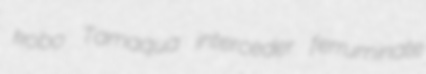
kobo Tamaqua interceder ferruminate